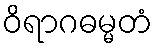
ဝိရာဂဓမ္မတံ